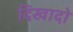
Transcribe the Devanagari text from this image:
दिखादो